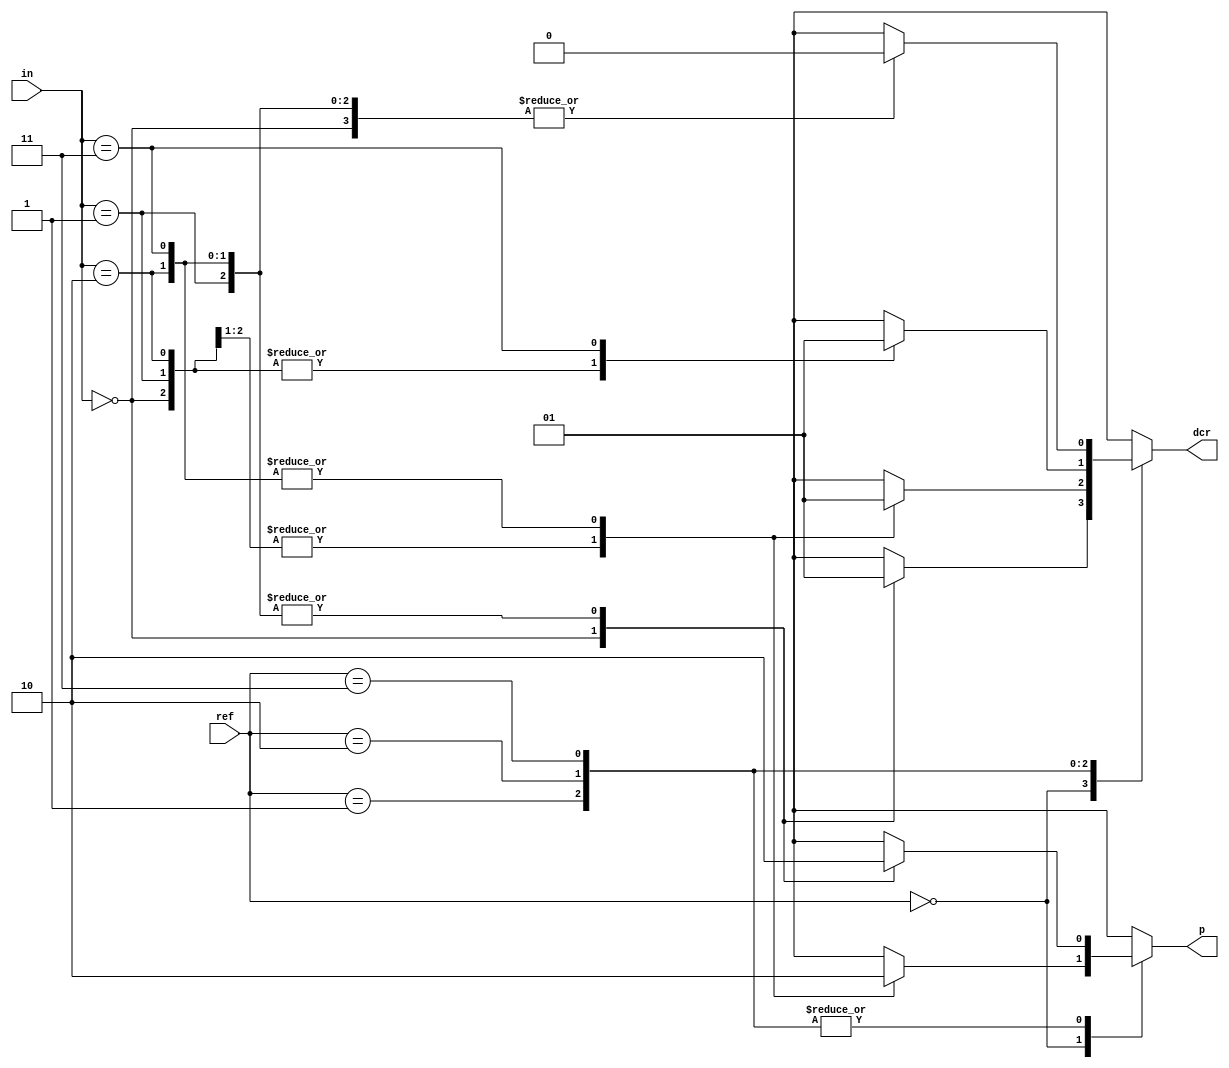
module comparator(input [1:0] in, input [1:0] ref, output reg dcr, output reg p);
	always @ (in,ref)
	begin
		case(ref)
			2'b00:	begin
						case(in)
							2'b00:	begin	dcr=1'b0; p=1'b1;	end
							2'b01:	begin	dcr=1'b1; p=1'b1;	end
							2'b10:	begin	dcr=1'b1; p=1'b0;	end
							2'b11:	begin	dcr=1'b1; p=1'b0;	end
						endcase
					end
			2'b01:	begin
						case(in)
							2'b00:	begin	dcr=1'b0; p=1'b1;	end
							2'b01:	begin	dcr=1'b0; p=1'b0;	end
							2'b10:	begin	dcr=1'b1; p=1'b0;	end
							2'b11:	begin	dcr=1'b1; p=1'b0;	end
						endcase
					end
			2'b10:	begin
						case(in)
							2'b00:	begin	dcr=1'b0; p=1'b1;	end
							2'b01:	begin	dcr=1'b0; p=1'b0;	end
							2'b10:	begin	dcr=1'b0; p=1'b0;	end
							2'b11:	begin	dcr=1'b1; p=1'b0;	end
						endcase
					end
			2'b11:	begin
						case(in)
							2'b00:	begin	dcr=1'b0; p=1'b1;	end
							2'b01:	begin	dcr=1'b0; p=1'b0;	end
							2'b10:	begin	dcr=1'b0; p=1'b0;	end
							2'b11:	begin	dcr=1'b0; p=1'b0;	end
						endcase
					end
		endcase
	end
endmodule